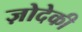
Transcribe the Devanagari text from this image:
ज़ोदेकी